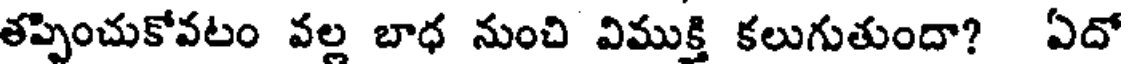
తప్పించుకోవటం వల్ల బాధ నుంచి విముక్తి కలుగుతుందా? ఏదో